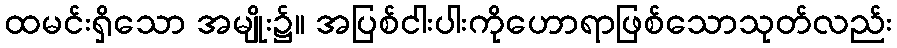
ထမင်းရှိသော အမျိုး၌။ အပြစ်ငါးပါးကိုဟောရာဖြစ်သောသုတ်လည်း